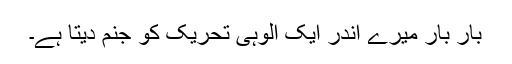
بار بار میرے اندر ایک اُلُوہی تحریک کو جنم دیتا ہے۔